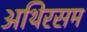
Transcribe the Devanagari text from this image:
अथिरसम